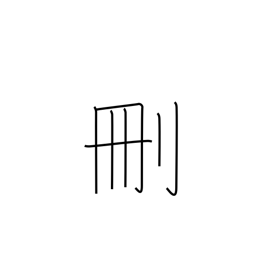
Meaning: cut down